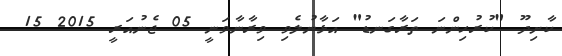
ކާށިދޫ "ކުރުހިންނަ ތަރާގަނޑު" އަޅާނުލެވި ވިރާނާވަނީ 05 ޖެނުއަރީ 2015 15